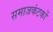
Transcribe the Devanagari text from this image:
समाजकंटकों